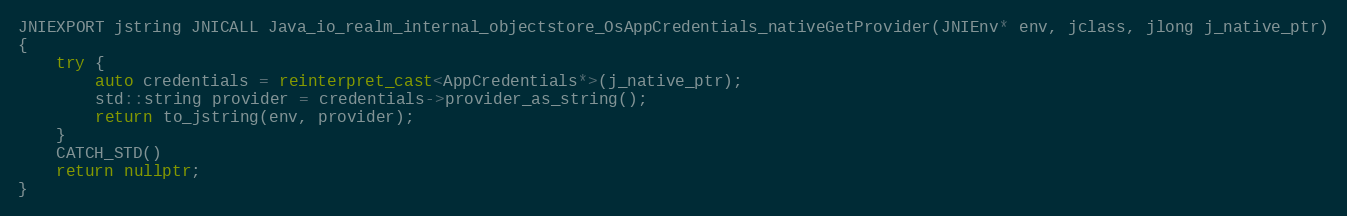
Language: C++
JNIEXPORT jstring JNICALL Java_io_realm_internal_objectstore_OsAppCredentials_nativeGetProvider(JNIEnv* env, jclass, jlong j_native_ptr)
{
    try {
        auto credentials = reinterpret_cast<AppCredentials*>(j_native_ptr);
        std::string provider = credentials->provider_as_string();
        return to_jstring(env, provider);
    }
    CATCH_STD()
    return nullptr;
}